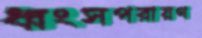
ধ্বংসপরায়ণ